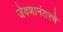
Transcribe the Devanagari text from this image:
जेवणानंतरचे